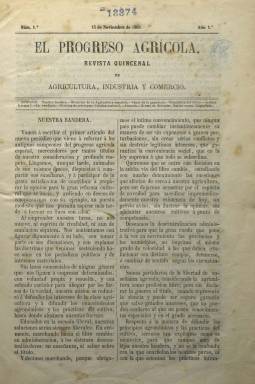
Título: El Progreso agrícola (Madrid)
Colección: Agricultura y ganadería || Industria || Economía
Ámbito geográfico: Madrid
Lugar de publicación: Madrid
Fechas: 15/11/1865-30/01/1866

Al desaparecer la revista El Fomento de España, uno de sus principales colaboradores, el escritor agrónomo y militar Diego Navarro y Soler (-1891), editará y dirigirá esta nueva publicación especializada en los sectores agrario y ganadero, de la que la Biblioteca Nacional de España colecciona seis entregas, desde el 15 de noviembre de 1865 al 30 de enero de 1866, con un formato, diseño y estructura similar a la que había dirigido Julio Nombela (1836-1919). De periodicidad quincenal, se publica los días 15 y 30, en números de 16 páginas, con foliación continuada (hasta las 96 p.) y con la inserción de grabados y algunas láminas cromo-litografiadas o en blanco y negro, siendo estampada en la Imprenta de Tejado. Hartzenbusch (1894) afirma haber visto la entrega número 10, correspondiente al 31 de marzo de 1866.

Cada número comienza con un editorial o artículo firmado por Diego Navarro, que también será el principal redactor de la revista. Su objetivo era exponer las doctrinas que ya venía sosteniendo en los periódicos de información general, desde una posición liberal y descentralizadora de la Administración y una idea progresista y tolerante de las enseñanzas agrícolas. No concebimos progreso en la agricultura sin que la ciencia tome la iniciativa, elabore las ideas, y las traduzca al lenguaje vulgar, escribirá en el artículo de presentación bajo el epígrafe Nuestra bandera.

Según el plan previsto, preferentemente tratará sobre plantas forrajeras, tubérculos y raíces; animales útiles o industrias rurales. Ofrecerá un Calendario agrícola y tendrá una Revista de mercados. Otras secciones las denomina Crónica nacional y Crónica extranjera, con noticias de actualidad; Museo agronómico, con información de los avances agrícolas, y Economía doméstica, dedicada al público femenino. También tendrá una Sección oficial y dará cuenta de la Bibliografía agronómica, publicada por Braulio Antón Ramírez.

Tratará asuntos como el de los seguros agrarios, el regadío o las construcciones agrícolas, y ofrece estadísticas. Entre los firmantes de sus textos aparecen los nombres de Juan Nepomuceno de Torres, entonces rector de la Universidad Literaria de Granada; el agrónomo, veterinario y catedrático Melitón Atienza Sirvent (1827-1890), o el veterinario y catedrático en Lorca (Murcia) Tomás Museros y Rovira (1830-). Entre sus grabados aparecen los dedicados a aparatos y objetos agrícolas.

Con el subtítulo “revista quincenal de agricultura, industria y comercio”, cada entrega la encabeza un sumario. Epígrafes de sus artículos son: Situación de la agricultura española, Censo de ganadería, Estadística del olivo, Cuestión de subsistencia en la isla de Cuba, y otros están dedicados a los cultivos, como al algarrobo o el esparto.

Sobre la información agraria en España desde sus orígenes, véase la tesis de Yanet Acosta Meneses, defendida en 2007 en la Universidad Complutense de Madrid.